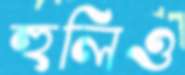
হুলিও